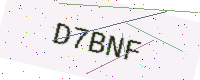
Text: D7BNF